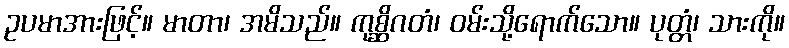
ဥပမာအားဖြင့်။ မာတာ၊ အမိသည်။ ကုစ္ဆိဂတံ၊ ဝမ်းသို့ရောက်သော။ ပုတ္တံ၊ သားကို။